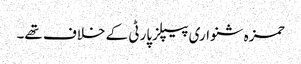
حمزہ شنواری پیپلزپارٹی کے خلاف تھے۔